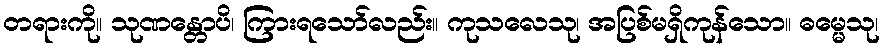
တရားကို။ သုဏန္တောပိ၊ ကြားရသော်လည်း။ ကုသလေသု၊ အပြစ်မရှိကုန်သော။ ဓမ္မေသု၊